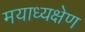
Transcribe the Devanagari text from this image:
मयाध्यक्षेण